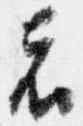
者